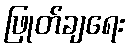
ဖြုတ်ချရေး